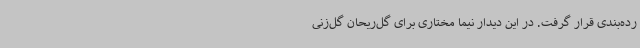
رده‌بندی قرار گرفت. در این دیدار نیما مختاری برای گل‌ریحان گل‌زنی